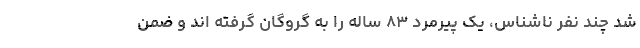
شد چند نفر ناشناس، یک پیرمرد ۸۳ ساله را به گروگان گرفته اند و ضمن